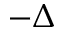
- \Delta